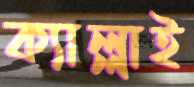
ক্যাল্লাই